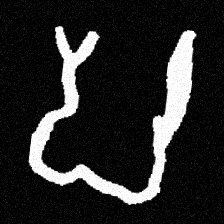
Pyu character \u2014 Myanmar letter: ပ (romanized: pa)